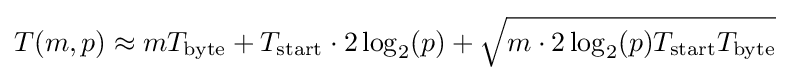
T(m,p)\approx mT_{\text{byte}}+T_{\text{start}}\cdot 2\log _{2}(p)+{\sqrt {m\cdot 2\log _{2}(p)T_{\text{start}}T_{\text{byte}}}}